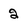
Character: 2